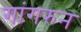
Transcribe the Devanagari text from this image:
गांगरुन